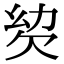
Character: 𣢢